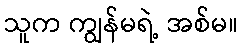
သူက ကျွန်မရဲ့ အစ်မ။